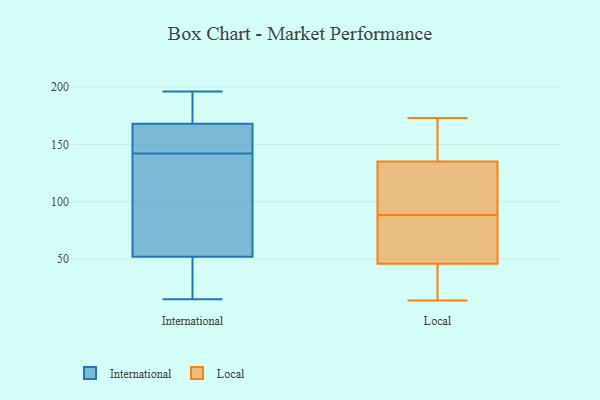
{"axis": {"x": "Market Share (%)", "y": "Value"}, "legend": ["International", "Local"], "data": [{"x": "", "y": 68, "type": "International"}, {"x": "", "y": 196, "type": "International"}, {"x": "", "y": 172, "type": "International"}, {"x": "", "y": 167, "type": "International"}, {"x": "", "y": 158, "type": "International"}, {"x": "", "y": 51, "type": "International"}, {"x": "", "y": 15, "type": "International"}, {"x": "", "y": 172, "type": "International"}, {"x": "", "y": 52, "type": "International"}, {"x": "", "y": 68, "type": "International"}, {"x": "", "y": 126, "type": "International"}, {"x": "", "y": 168, "type": "International"}, {"x": "", "y": 31, "type": "International"}, {"x": "", "y": 161, "type": "International"}, {"x": "", "y": 85, "type": "Local"}, {"x": "", "y": 14, "type": "Local"}, {"x": "", "y": 92, "type": "Local"}, {"x": "", "y": 46, "type": "Local"}, {"x": "", "y": 121, "type": "Local"}, {"x": "", "y": 173, "type": "Local"}, {"x": "", "y": 52, "type": "Local"}, {"x": "", "y": 135, "type": "Local"}, {"x": "", "y": 14, "type": "Local"}, {"x": "", "y": 157, "type": "Local"}, {"x": "", "y": 53, "type": "Local"}, {"x": "", "y": 27, "type": "Local"}, {"x": "", "y": 140, "type": "Local"}, {"x": "", "y": 117, "type": "Local"}]}